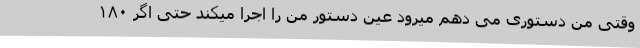
وقتی من دستوری می دهم میرود عین دستور من را اجرا میکند حتی اگر ۱۸۰